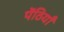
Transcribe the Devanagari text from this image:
पेंठियाँ